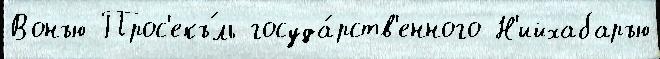
Вонъю Прос'екъ́ль госуда́рств'енного Н'ийхабаръю